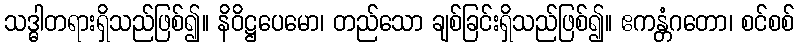
သဒ္ဓါတရားရှိသည်ဖြစ်၍။ နိဝိဋ္ဌပေမော၊ တည်သော ချစ်ခြင်းရှိသည်ဖြစ်၍။ ဧကန္တံဂတော၊ စင်စစ်